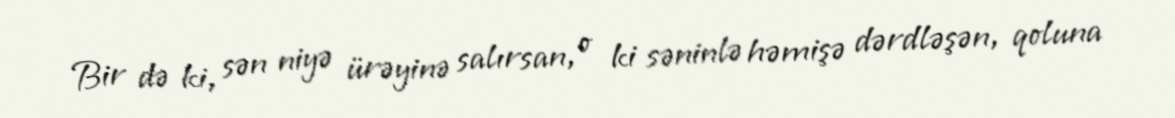
Bir də ki, sən niyə ürəyinə salırsan, o ki səninlə həmişə dərdləşən, qoluna